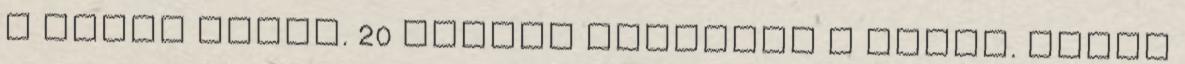
a vonat sehol. 20 percre módosult a késés. Újabb